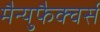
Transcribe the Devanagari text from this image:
मैन्युफैक्चर्स